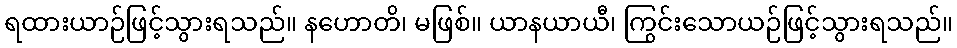
ရထားယာဉ်ဖြင့်သွားရသည်။ နဟောတိ၊ မဖြစ်။ ယာနယာယီ၊ ကြွင်းသောယဉ်ဖြင့်သွားရသည်။